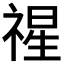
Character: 𮂇